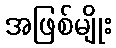
အဖြစ်မျိုး